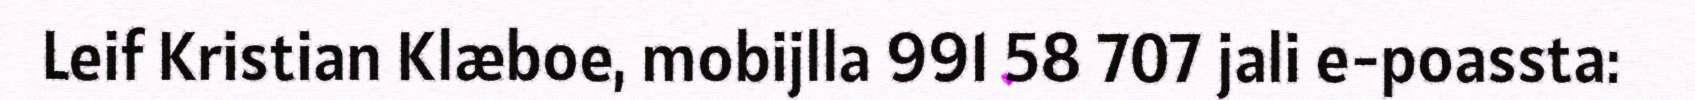
Leif Kristian Klæboe, mobijlla 991 58 707 jali e-poassta: